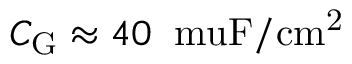
C _ { \mathrm { G } } \approx 4 0 \: \mathrm { \ m u F / c m ^ { 2 } }